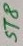
Text: ST8